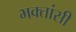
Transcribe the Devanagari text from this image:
भक्तांसी